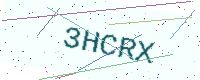
Text: 3HCRX